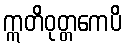
ဣတိဝုတ္တကေပိ